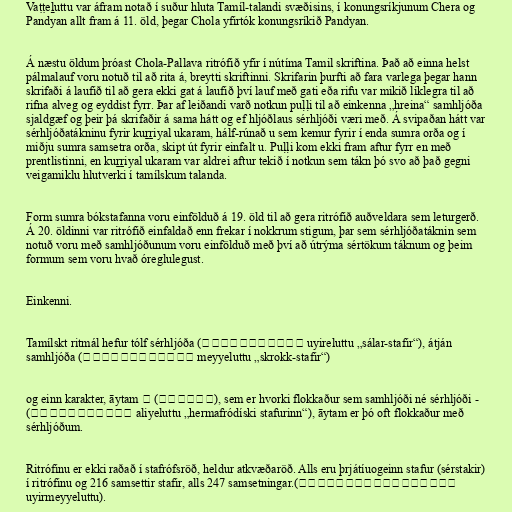
Vaṭṭeḻuttu var áfram notað í suður hluta Tamíl-talandi svæðisins, í konungsríkjunum Chera og
Pandyan allt fram á 11. öld, þegar Chola yfirtók konungsríkið Pandyan.

Á næstu öldum þróast Chola-Pallava ritrófið yfir í nútíma Tamil skriftina. Það að einna helst
pálmalauf voru notuð til að rita á, breytti skriftinni. Skrifarin þurfti að fara varlega þegar hann
skrifaði á laufið til að gera ekki gat á laufið því lauf með gati eða rifu var mikið líklegra til að
rifna alveg og eyddist fyrr. Þar af leiðandi varð notkun puḷḷi til að einkenna „hreina“ samhljóða
sjaldgæf og þeir þá skrifaðir á sama hátt og ef hljóðlaus sérhljóði væri með. Á svipaðan hátt var
sérhljóðatákninu fyrir kuṟṟiyal ukaram, hálf-rúnað u sem kemur fyrir í enda sumra orða og í
miðju sumra samsetra orða, skipt út fyrir einfalt u. Puḷḷi kom ekki fram aftur fyrr en með
prentlistinni, en kuṟṟiyal ukaram var aldrei aftur tekið í notkun sem tákn þó svo að það gegni
veigamiklu hlutverki í tamílskum talanda.

Form sumra bókstafanna voru einfölduð á 19. öld til að gera ritrófið auðveldara sem leturgerð.
Á 20. öldinni var ritrófið einfaldað enn frekar í nokkrum stigum, þar sem sérhljóðatáknin sem
notuð voru með samhljóðunum voru einfölduð með því að útrýma sértökum táknum og þeim
formum sem voru hvað óreglulegust.

Einkenni.

Tamílskt ritmál hefur tólf sérhljóða (உயிரெழுத்து uyireluttu „sálar-stafir“), átján
samhljóða (மெய்யெழுத்து meyyeluttu „skrokk-stafir“)

og einn karakter, āytam ஃ (ஆய்தம்), sem er hvorki flokkaður sem samhljóði né sérhljóði -
(அலியெழுத்து aliyeluttu „hermafródíski stafurinn“), āytam er þó oft flokkaður með
sérhljóðum.

Ritrófinu er ekki raðað í stafrófsröð, heldur atkvæðaröð. Alls eru þrjátíuogeinn stafur (sérstakir)
í ritrófinu og 216 samsettir stafir, alls 247 samsetningar.(உயிர்மெய்யெழுத்து
uyirmeyyeluttu).